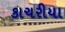
કાચરીયા